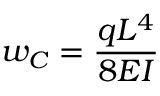
w _ { C } = { \frac { q L ^ { 4 } } { 8 E I } }